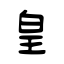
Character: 皇